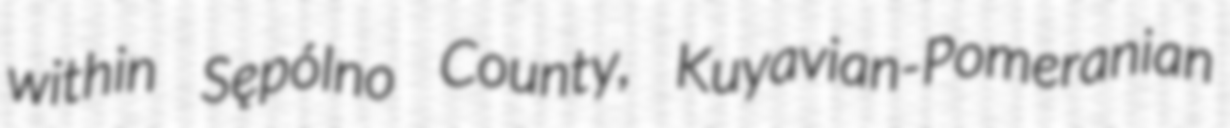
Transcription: within Sępólno County, Kuyavian-Pomeranian